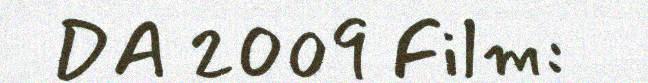
DA 2009 Film: